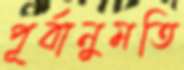
পূর্বানুমতি